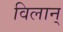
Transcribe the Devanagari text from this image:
विलान्